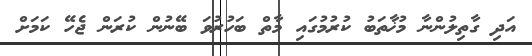
އަދި ގާތިލުންނާ މުޚާތަބު ކުރުމުގައި މާތް ބަހުރުވަ ބޭނުން ކުރަން ޖެހޭ ކަމަށް